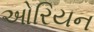
ઓરિયન